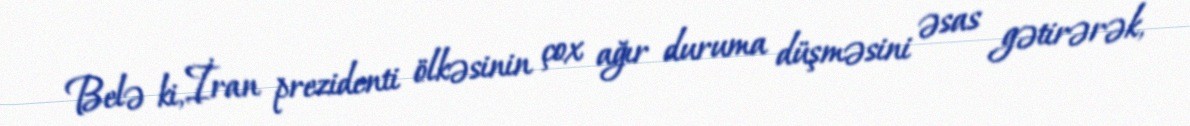
Belə ki, İran prezidenti ölkəsinin çox ağır duruma düşməsini əsas gətirərək,